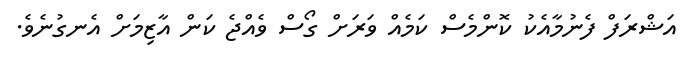
އަޝްރަފް ފެނުމާއެކު ކޮންމެސް ކަމެއް ވަރަށް ގޯސް ވެއްޖެ ކަން އާޒިމަށް އެނގުނެވެ.